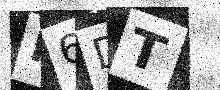
Text: H6DT